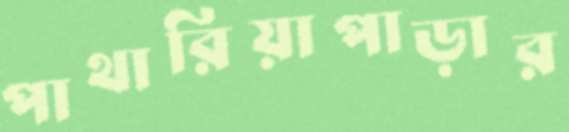
পাথারিয়াপাড়ার